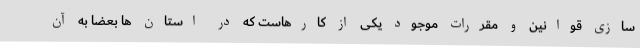
سازی قوانین و مقررات موجود یکی از کارهاست که در استان ها بعضا به آن